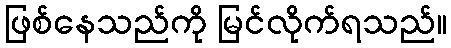
ဖြစ်နေသည်ကို မြင်လိုက်ရသည်။